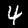
Digit: 4